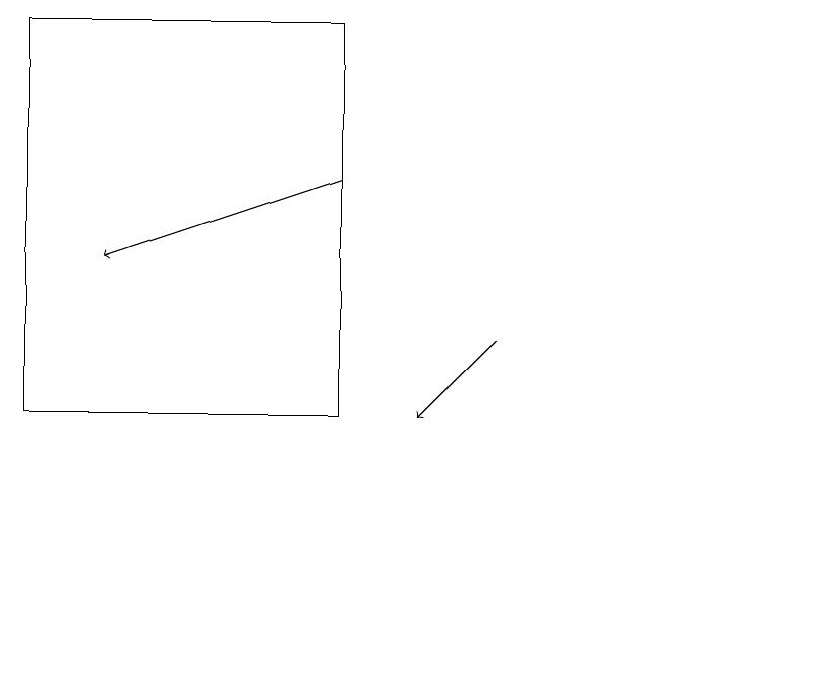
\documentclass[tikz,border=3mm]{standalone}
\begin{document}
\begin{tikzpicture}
\draw[->] (6,15) -- (5,14);
\draw[->] (4,17) -- (1,16);
\draw (10,11) circle (0);
\draw (0,19) rectangle (4,14);
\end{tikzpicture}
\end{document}